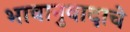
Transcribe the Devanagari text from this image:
भावानुवादाचे